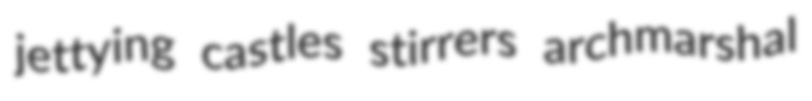
jettying castles stirrers archmarshal